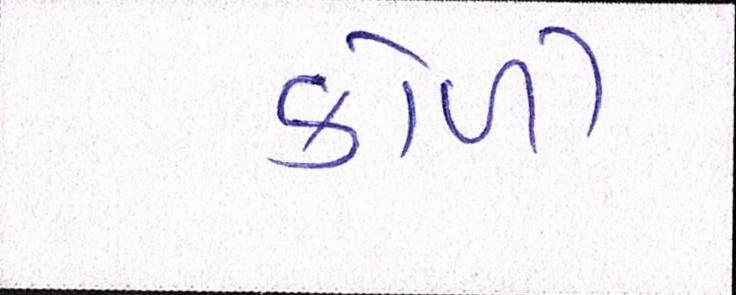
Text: કોળી